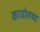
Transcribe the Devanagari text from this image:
काजोलच्या